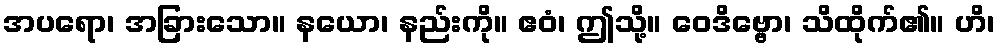
အပရော၊ အခြားသော။ နယော၊ နည်းကို။ ဧဝံ၊ ဤသို့။ ဝေဒိဗ္ဗော၊ သိထိုက်၏။ ဟိ၊